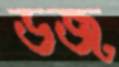
ডজ